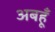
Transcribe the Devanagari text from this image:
अबहूँ